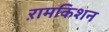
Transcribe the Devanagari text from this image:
ऱामकिशन